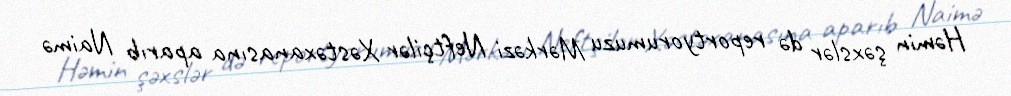
Həmin şəxslər də reportyorumuzu Mərkəzi Neftçilər Xəstəxanasına aparıb Naimə